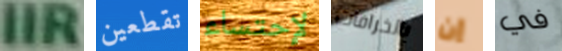
IIR تقطعين لإحتساء بالخرافات إن في